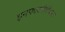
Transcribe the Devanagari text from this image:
इनफारमेटिक्स